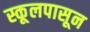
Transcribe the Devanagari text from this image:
स्कूलपासून